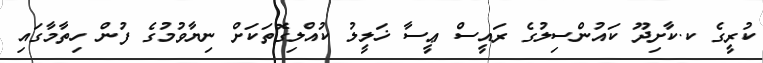
ކުރީގެ ކ.ކާށިދޫ ކައުންސިލުގެ ރައީސް ޢީސާ ޚަލީލު ކުއްލިގޮތަކަށް ނިޔާވުމުގެ ފުން ހިތާމާގައި